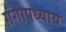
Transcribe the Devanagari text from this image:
गंगोपध्याय